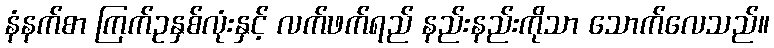
နံနက်စာ ကြက်ဥနှစ်လုံးနှင့် လက်ဖက်ရည် နည်းနည်းကိုသာ သောက်လေသည်။